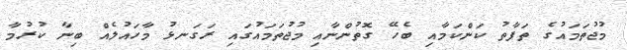
މުޖުތަމައުގެ ތަފާތު ކަންކަމާއި ބެހޭ ގޮތުންނާއި މުޖުތަމައުގައި ރަގަނޅު މާހައުލެއް ބިނާ ކުރުމާ